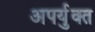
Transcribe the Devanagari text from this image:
अपर्युक्त